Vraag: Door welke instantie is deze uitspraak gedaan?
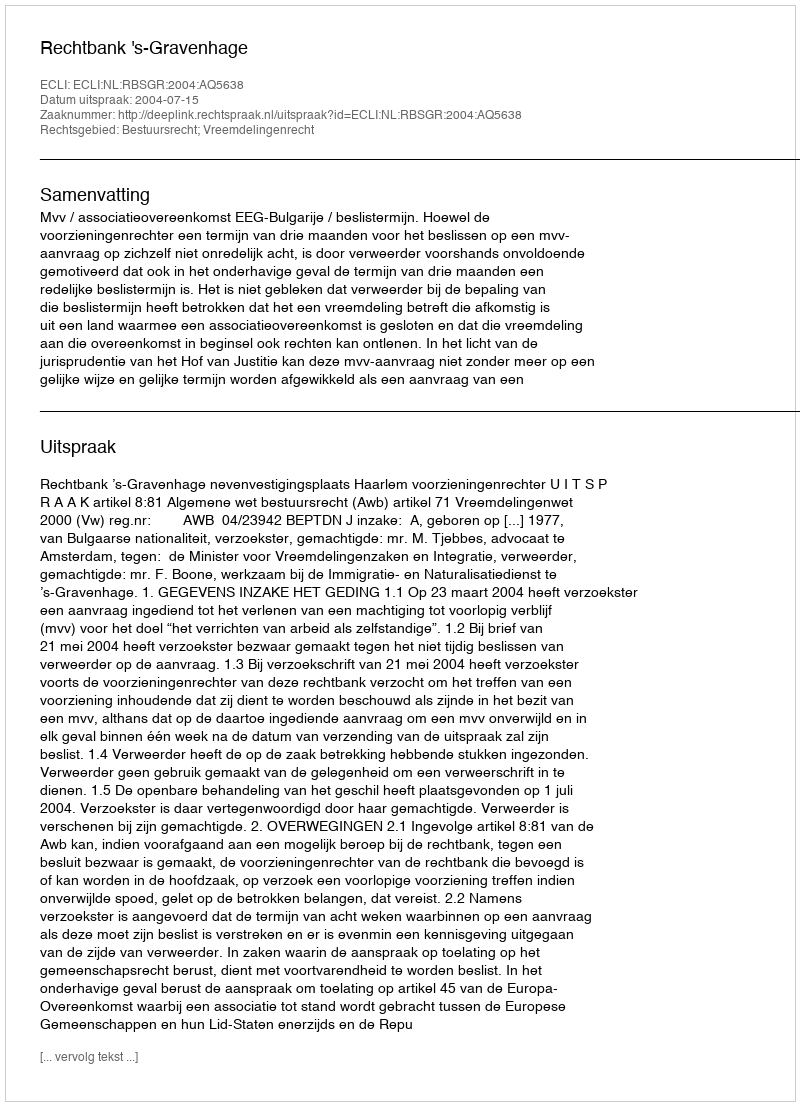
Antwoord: Rechtbank 's-Gravenhage